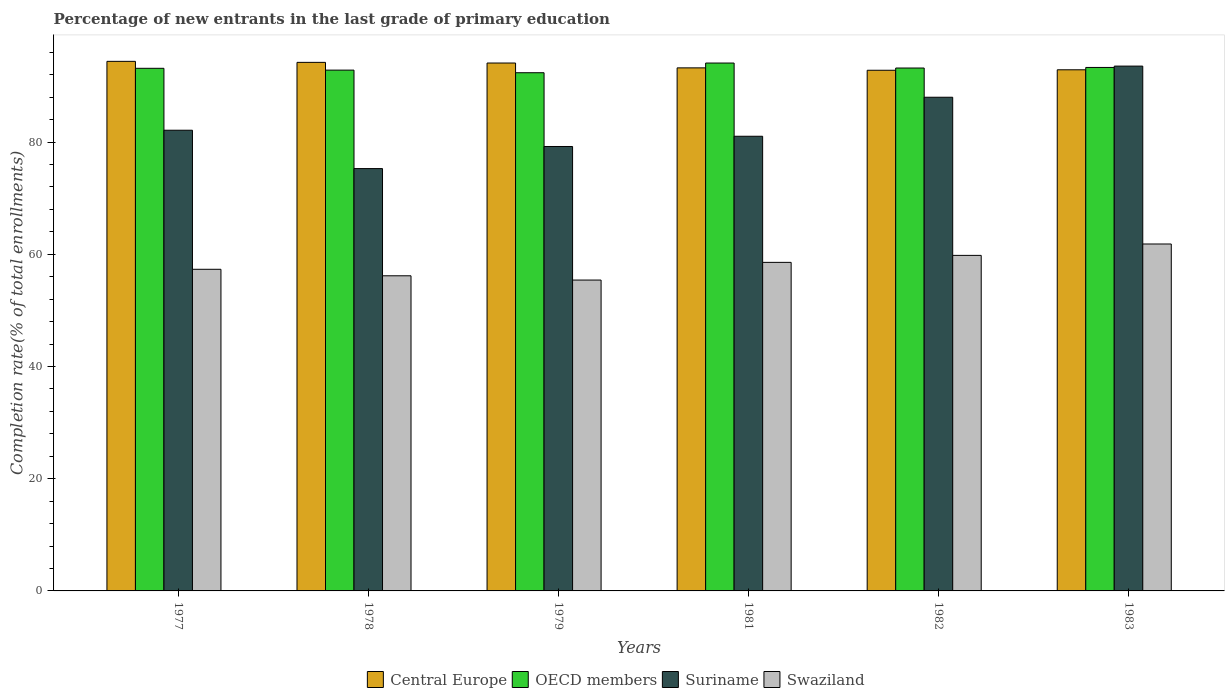
| Years | Central Europe | OECD members | Suriname | Swaziland |
 | --- | --- | --- | --- | --- |
 | 1977 | 94.4 | 93.1 | 82.1 | 57.3 |
 | 1978 | 94.2 | 92.8 | 75.3 | 56.2 |
 | 1979 | 94.1 | 92.4 | 79.2 | 55.4 |
 | 1981 | 93.2 | 94.1 | 81 | 58.6 |
 | 1982 | 92.8 | 93.2 | 88 | 59.8 |
 | 1983 | 92.9 | 93.3 | 93.5 | 61.8 |